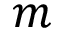
m